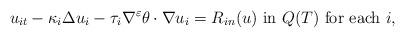
LaTeX: \begin{align*}u_{it} - \kappa_i \Delta u_{i} - \tau_i \nabla^{\varepsilon} \theta \cdot \nabla u_i = R_{in}(u) \mbox{ in } Q(T) \mbox{ for each } i, \end{align*}